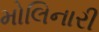
મોલિનારી